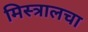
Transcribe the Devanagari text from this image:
मिस्त्रालचा